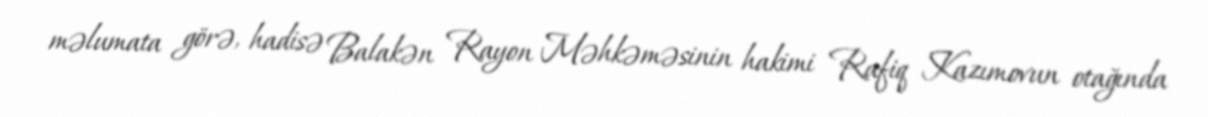
məlumata görə, hadisə Balakən Rayon Məhkəməsinin hakimi Rafiq Kazımovun otağında